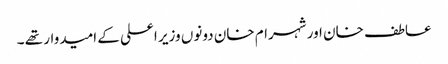
عاطف خان اور شہرام خان دونوں وزیر اعلی کے امیدوار تھے ۔